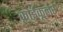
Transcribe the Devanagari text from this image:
क्राईकूलर